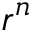
r ^ { n }